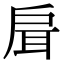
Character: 𢩇